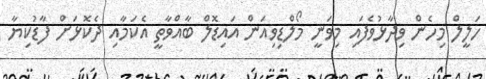
ހަލީލް މިހެން ވިދާޅުވެފައި މިވަނީ މޯލްޑިވިއަން އައިޑޮލް ބާއްވާތީ އެކަމާއި ދެކޮޅަށް ފާޑުކިޔާ